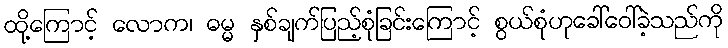
ထို့ကြောင့် လောက၊ ဓမ္မ နှစ်ချက်ပြည့်စုံခြင်းကြောင့် စွယ်စုံဟုခေါ်ဝေါ်ခဲ့သည်ကို